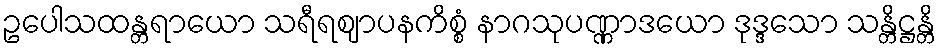
ဥပေါသထန္တရာယော သရီရဈာပနကိစ္စံ နာဂသုပဏ္ဏာဒယော ဒုဒ္ဒသော သန္တိဋ္ဌန္တိ